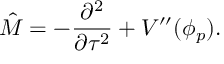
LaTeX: \hat { M } = - \frac { \partial ^ { 2 } } { \partial \tau ^ { 2 } } + V ^ { \prime \prime } ( \phi _ { p } ) .